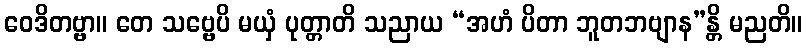
ဝေဒိတဗ္ဗာ။ တေ သဗ္ဗေပိ မယှံ ပုတ္တာတိ သညာယ “အဟံ ပိတာ ဘူတဘဗျာန”န္တိ မညတိ။